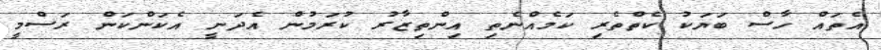
އެތައް ހާސް ބަޔަކު ކެތްތެރި ކަމެއްނެތި އިންތިޒާރު ކުރަމުން އެދަނީ އެކަންކަން ރަސްމީ